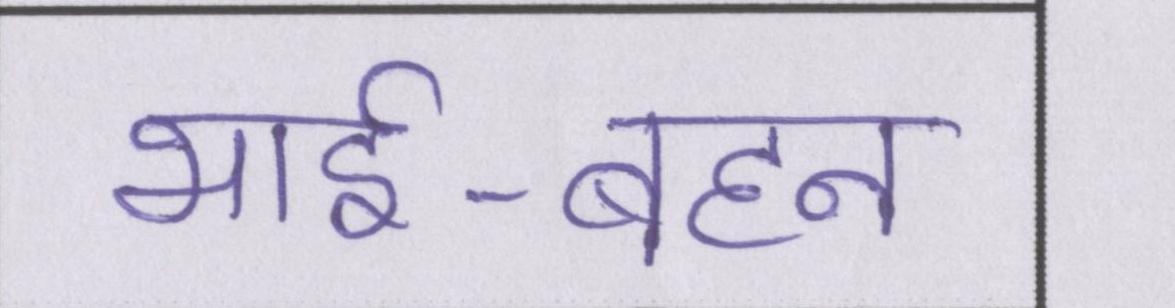
भाई-बहन